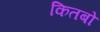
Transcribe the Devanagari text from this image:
कितबो